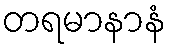
တရမာနာနံ